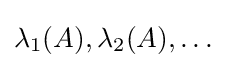
\lambda _{1}(A),\lambda _{2}(A),\dots